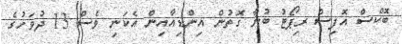
ބޮކްސް އޮފިސް ރިޕޯޓު ބުނާ ގޮތުން އިންޑިއާއިން އެކަނި ވެސް 13 ދުވަހުގެ